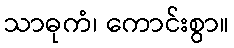
သာဓုကံ၊ ကောင်းစွာ။